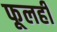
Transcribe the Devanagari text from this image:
फूलही